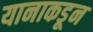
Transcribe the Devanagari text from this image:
यानाकडून